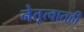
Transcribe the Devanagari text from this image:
नेतृत्वातही